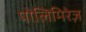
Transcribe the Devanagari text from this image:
पोलिमिरेज़